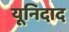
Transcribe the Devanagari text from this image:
यूनिदाद